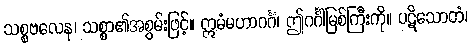
သစ္စဗလေန၊ သစ္စာ၏အစွမ်းဖြင့်။ ဣမံမဟာဂင်္ဂံ၊ ဤဂင်္ဂါမြစ်ကြီးကို။ ပဋိသောတံ၊